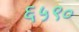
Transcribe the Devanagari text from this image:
६५९०